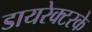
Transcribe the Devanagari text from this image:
डायरेक्टरके